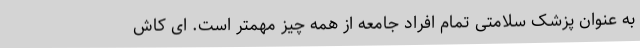
به عنوان پزشک سلامتی تمام افراد جامعه از همه چیز مهمتر است. ای کاش